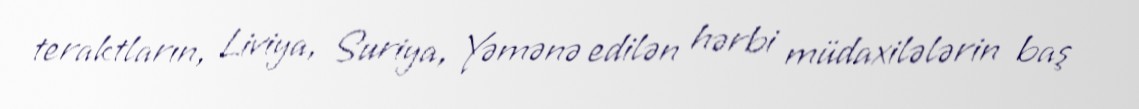
teraktların, Liviya, Suriya, Yəmənə edilən hərbi müdaxilələrin baş